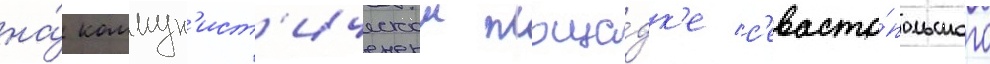
на́ коммун'ист'ическои площа́дк'е с'евасто́польского